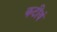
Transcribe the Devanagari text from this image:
कटीयं